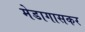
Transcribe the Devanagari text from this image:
मेडागासकर